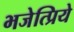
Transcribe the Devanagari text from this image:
भजेत्प्रिये